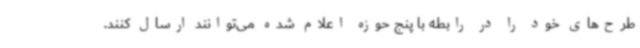
طرح‌های خود را در رابطه با پنج حوزه اعلام شده می‌توانند ارسال کنند.